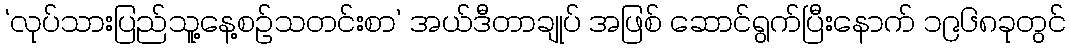
‘လုပ်သားပြည်သူ့နေ့စဉ်သတင်းစာ’ အယ်ဒီတာချုပ် အဖြစ် ဆောင်ရွက်ပြီးနောက် ၁၉၆၈ခုတွင်